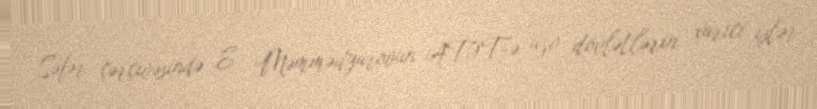
Səfər çərçivəsində E. Məmmədyarovun ATƏT-ə üzv dövlətlərin xarici işlər